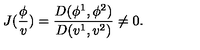
J ( \frac \phi v ) = \frac { D ( \phi ^ { 1 } , \phi ^ { 2 } ) } { D ( v ^ { 1 } , v ^ { 2 } ) } \neq 0 .